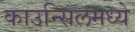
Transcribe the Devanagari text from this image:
काउन्सिलमध्ये